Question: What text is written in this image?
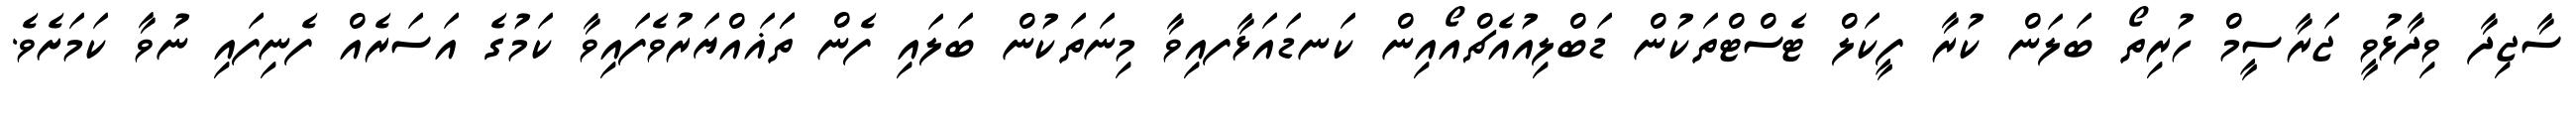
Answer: ސާޖިދާ ވިދާޅުވީ ޖަރާސީމް ހުރިތޯ ބަލަން ކުރާ ފީކަލް ޓެސްޓްތަކުން ޑަބްލިއުއެޗްއޯއިން ކަނޑައަޅާފއިވާ މިނަތަކުން ބަލައި ފެން ތަަޣައްޔަރުވެފައިވާ ކަމުގެ އަސަރެއް ފެނިފައި ނުވާ ކަމަށެވެ.